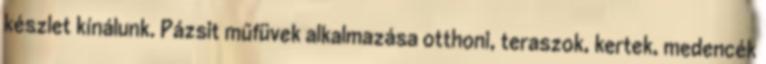
készlet kínálunk. Pázsit műfüvek alkalmazása otthoni, teraszok, kertek, medencék